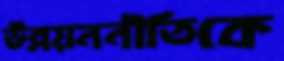
উন্নয়ননীতিকে